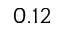
0 . 1 2